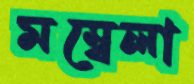
মম্বেলা